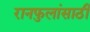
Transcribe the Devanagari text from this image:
रानफुलांसाठी